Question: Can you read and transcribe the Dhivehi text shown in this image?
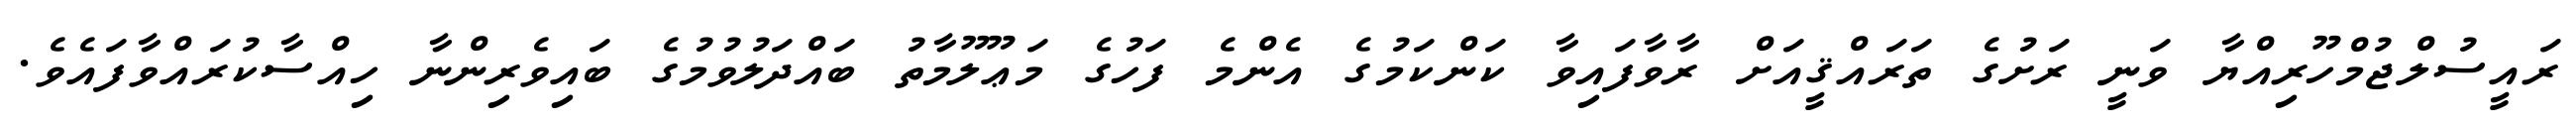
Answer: ރައީސުލްޖުމްހޫރިއްޔާ ވަނީ ރަށުގެ ތަރައްޤީއަށް ރާވާފައިވާ ކަންކަމުގެ އެންމެ ފަހުގެ މަޢޫލޫމާތު ބައްދަލުވުމުގެ ބައިވެރިންނާ ހިއްސާކުރައްވާފައެވެ.